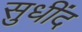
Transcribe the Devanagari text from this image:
सुधींद